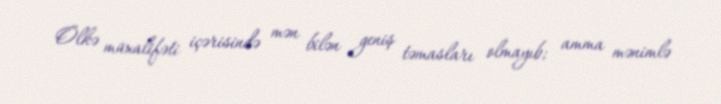
Ölkə müxalifəti içərisində mən bilən geniş təmasları olmayıb; amma mənimlə